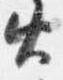
火